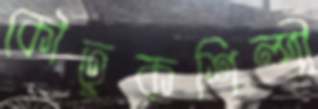
কৌতুকশিল্পী